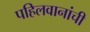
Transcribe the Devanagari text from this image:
पहिलवानांची